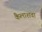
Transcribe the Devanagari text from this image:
कैलाशवा